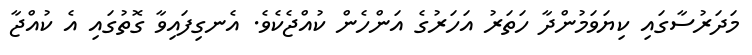
މަދަރުސާގައި ކިޔަވަމުންދާ ހަތަރު އަހަރުގެ އަންހެން ކުއްޖެކެވެ. އެނގިފައިވާ ގޮތުގައި އެ ކުއްޖާ